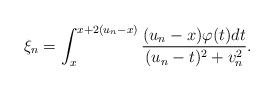
LaTeX: \begin{align*}\xi_n=\int_{x}^{x+2(u_n-x)}\frac{(u_n-x)\varphi(t)dt}{(u_n-t)^2+v_n^2}.\end{align*}